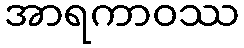
အာရကာဝဿ